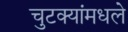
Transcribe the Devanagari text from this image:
चुटक्यांमधले